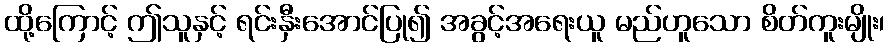
ထို့ကြောင့် ဤသူနှင့် ရင်းနှီးအောင်ပြု၍ အခွင့်အရေးယူ မည်ဟူသော စိတ်ကူးမျိုး၊